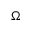
\Omega